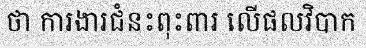
ថា ការងារជំនះពុះពារ លើផលវិបាក